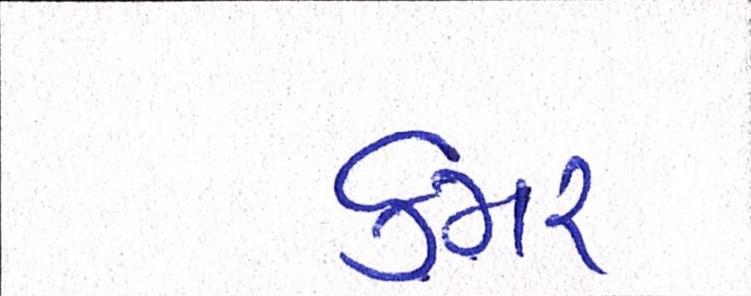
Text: કમર